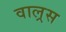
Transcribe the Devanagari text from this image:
वाल्रस